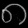
Digit: ၈